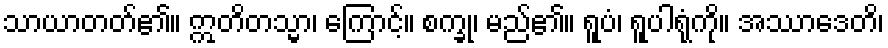
သာယာတတ်၏။ ဣတိတသ္မာ၊ ကြောင့်။ စက္ခု၊ မည်၏။ ရူပံ၊ ရူပါရုံကို။ အဿာဒေတိ၊